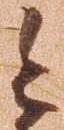
今